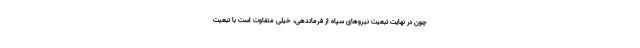
چون در نهایت تبعیت نیروهای سپاه از فرماندهی، خیلی متفاوت است با تبعیت